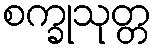
စက္ခုသုတ္တ